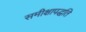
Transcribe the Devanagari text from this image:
समीक्षापद्धति